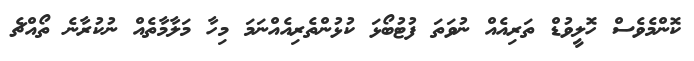
ކޮންމެވެސް ހޮލީވުޑް ތަރިއެއް ނުވަތަ ފުޓުބޯޅަ ކުޅުންތެރިއެއްނަމަ މިހާ މަލާމާތެއް ނުކުރާނެ ތޯއްޗެ